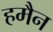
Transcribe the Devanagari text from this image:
हमैन